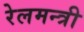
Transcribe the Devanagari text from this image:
रेलमन्त्री